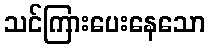
သင်ကြားပေးနေသော